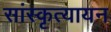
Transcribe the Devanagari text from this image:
सांस्कृत्यायन